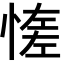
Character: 𢞑